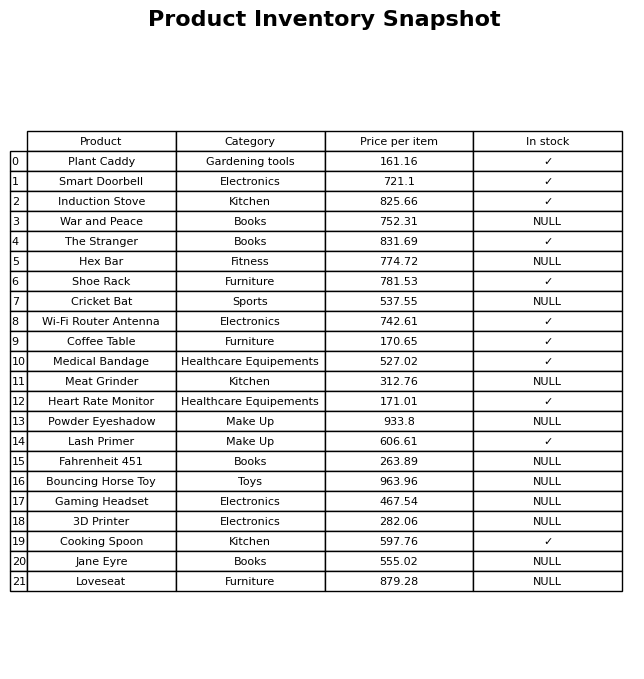
question: What is the price for Jane Eyre?
answer: The price of Jane Eyre is 555.02.